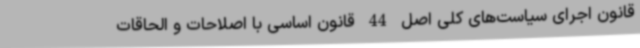
قانون اجرای سیاست‌های کلی اصل 44 قانون اساسی با اصلاحات و الحاقات